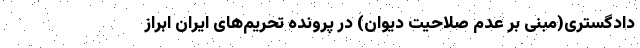
دادگستری(مبنی بر عدم صلاحیت دیوان) در پرونده تحریم‌های ایران ابراز